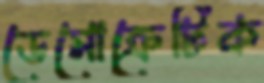
ডেমোক্রেটিক